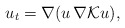
\begin{align*}u_t=\nabla (u\, \nabla {\mathcal K} u),\end{align*}